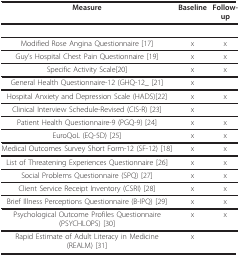
| Measure | Baseline | Follow-up |
 | --- | --- | --- |
 | Modified Rose Angina Questionnaire [17] | x | x |
 | Guy's Hospital Chest Pain Questionnaire [19] | x | x |
 | Specific Activity Scale[20] | x | x |
 | General Health Questionnaire-12 (GHQ-12_ [21] | x |  |
 | Hospital Anxiety and Depression Scale (HADS)[22] | x | x |
 | Clinical Interview Schedule-Revised (CIS-R) [23] | x |  |
 | Patient Health Questionnaire-9 (PGQ-9) [24] | x | x |
 | EuroQoL (EQ-5D) [25] | x | x |
 | Medical Outcomes Survey Short Form-12 (SF-12) [18] | x | x |
 | List of Threatening Experiences Questionnaire [26] | x | x |
 | Social Problems Questionnaire (SPQ) [27] | x | x |
 | Client Service Receipt Inventory (CSRI) [28] | x | x |
 | Brief Illness Perceptions Questionnaire (B-IPQ) [29] | x | x |
 | Psychological Outcome Profiles Questionnaire (PSYCHLOPS) [30] | x | x |
 | Rapid Estimate of Adult Literacy in Medicine (REALM) [31] | x |  |